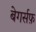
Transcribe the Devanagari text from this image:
बेगर्सफ़